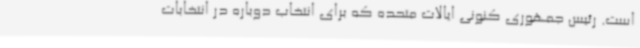
است. رئیس جمهوری کنونی ایالات متحده که برای انتخاب دوباره در انتخابات